Ajaleht_Uus_Ilm, lk 9
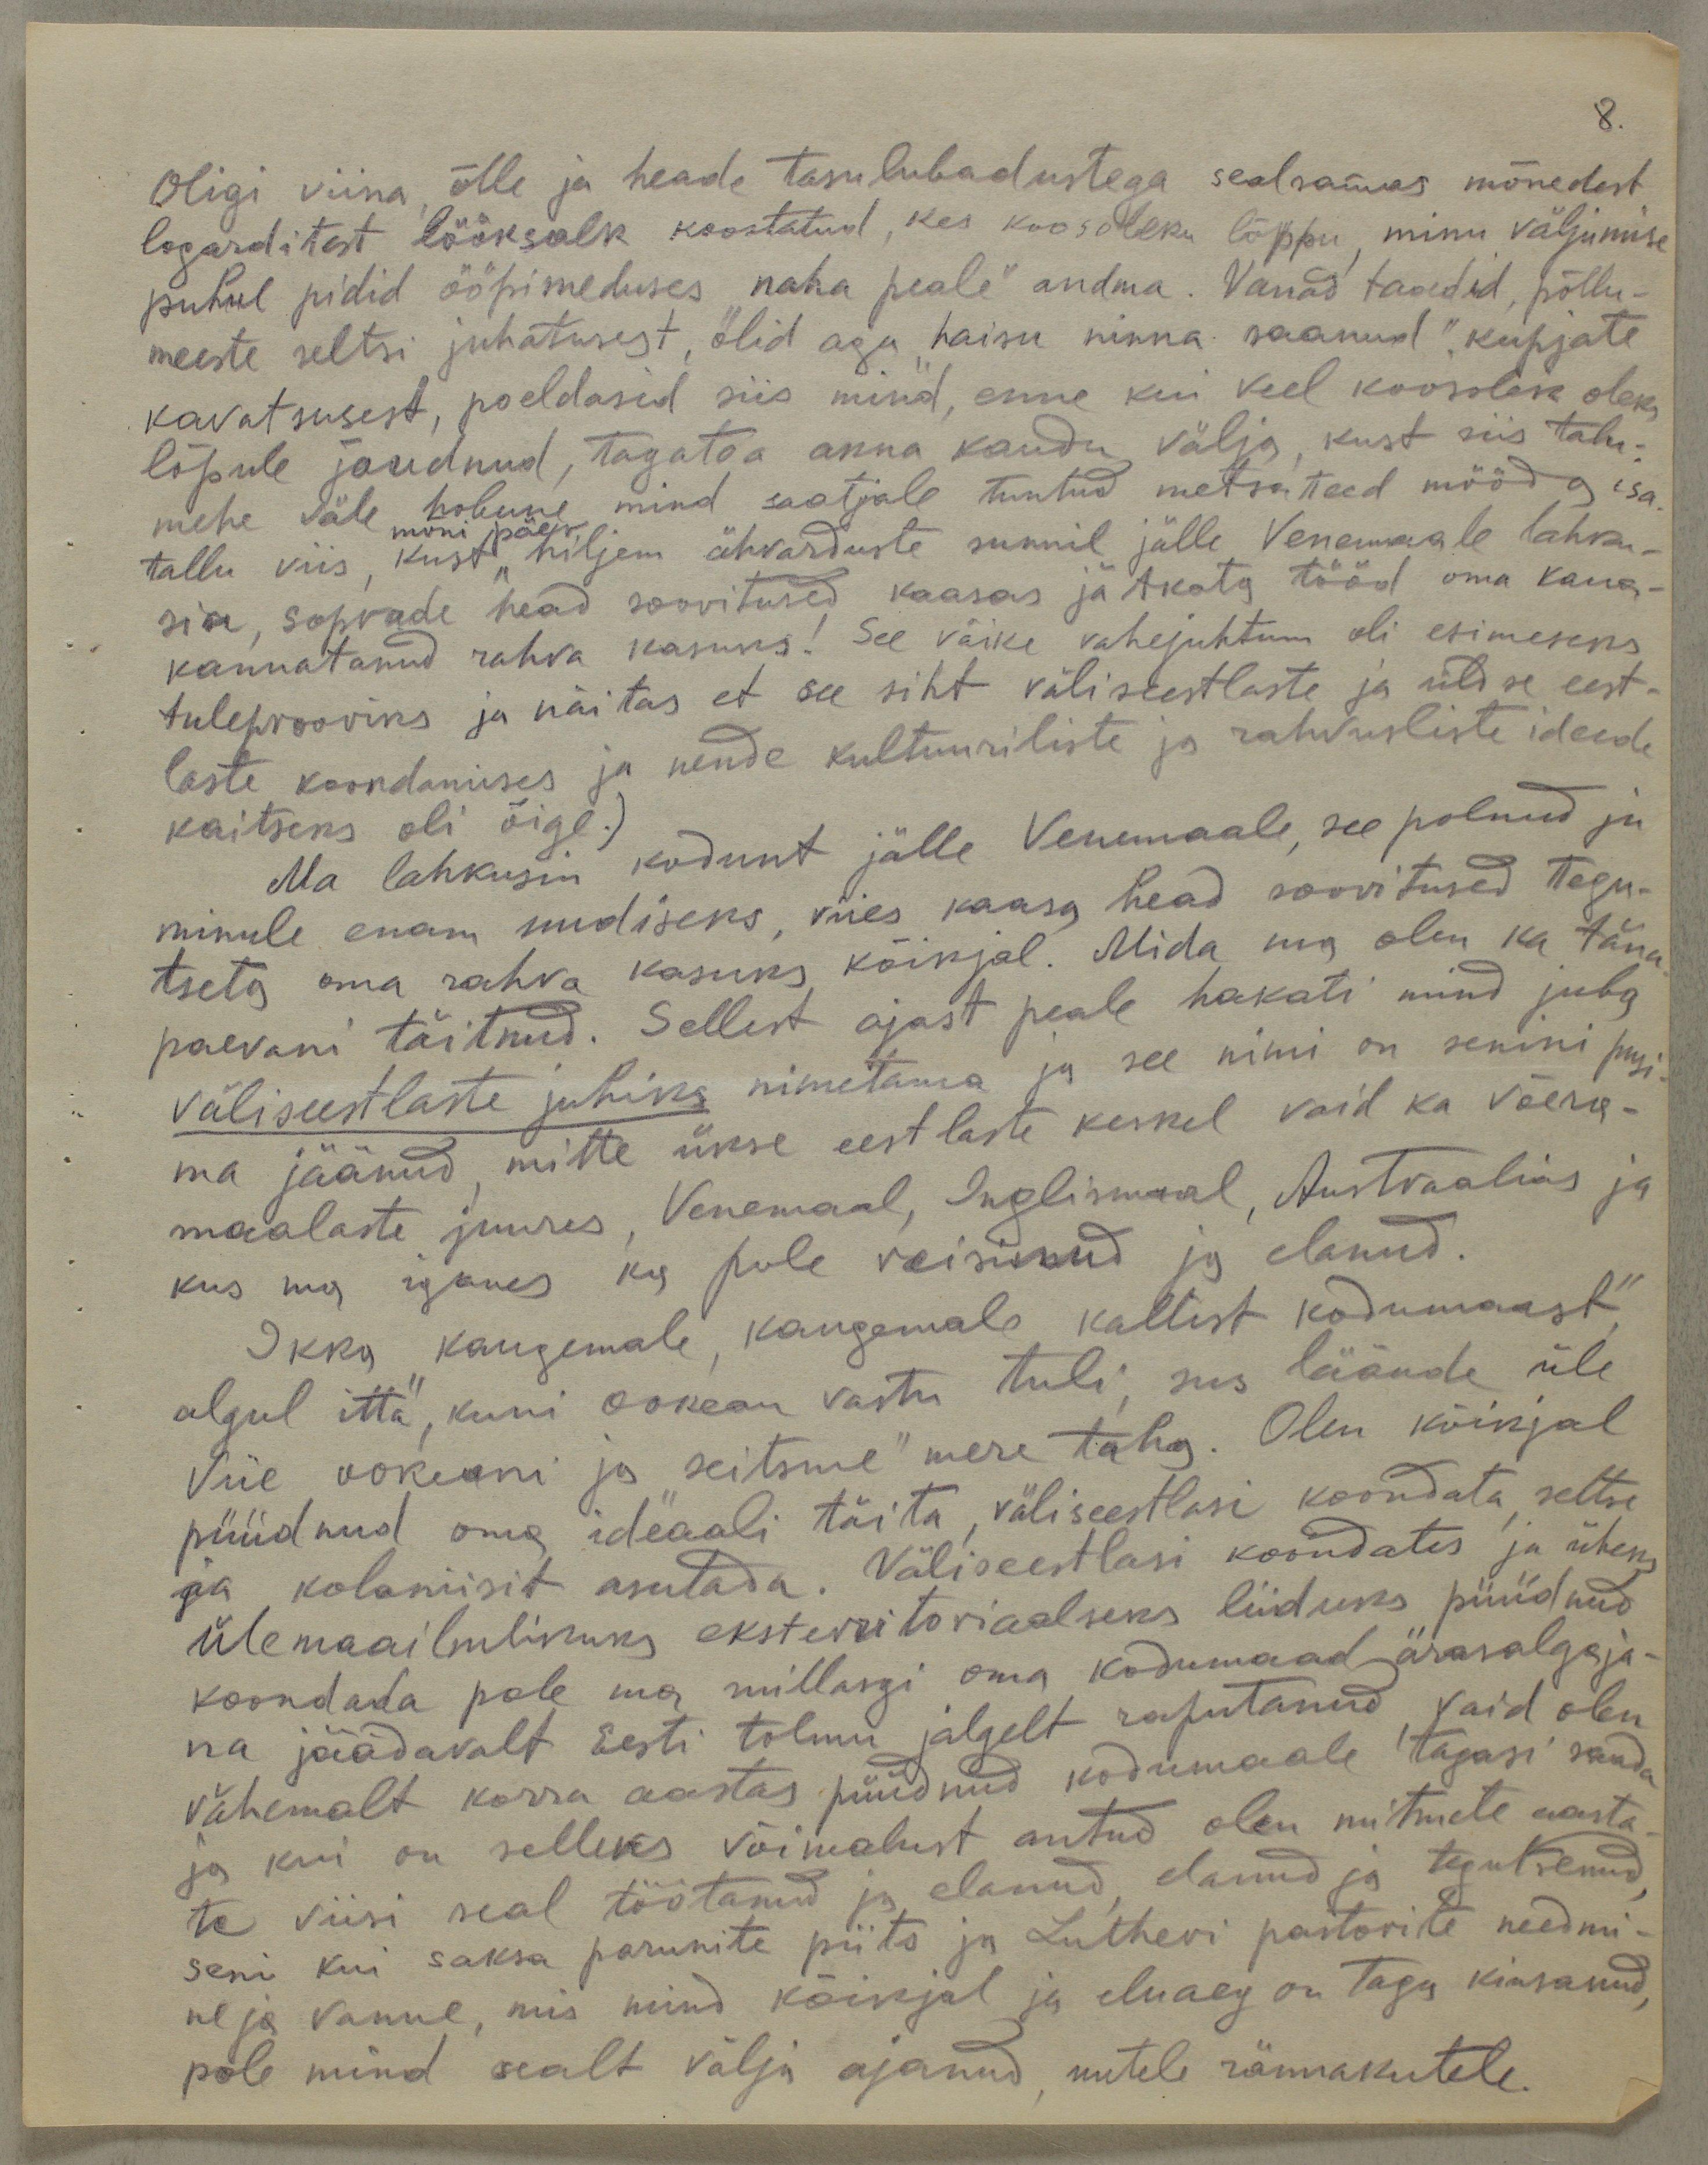
8.

Oligi viina, õlle ja heade tasulubadustega sealsamas mõnedest
logarditest lööksalk koostatud, kes koosoleku lõppu, minu väljumise
puhul pidid ööpimeduses "naha peale" andma. Vanad taadid, põllu-
meeste seltsi juhatusest, olid aga "haisu ninna saanud". Kupjate
kavatsusest, poeldasid siis mind, enne kui veel koosolek oleks
lõpule jõudnud, tagatoa akna kaudu välja, kust siis talu-
mehe väle hobune mind saatjale tuntud metsateed mööda, isa
tallu viis, kust hiljem ähvarduste sunnil jälle Venemaale lahku-
mõni päev
sin, soprade head soovitused kaasas jätkata tööd oma kaua-
kannatanud rahva kasuks! See väike vahejuhtum oli esimeseks
tuleprooviks ja näitas et see siht väliseestlaste ja üldse eest-
laste koondamises ja nende kultuuriliste ja rahvusliste ideede
kaitseks oli õige.)
Ma lahkusin kodunt jälle Venemaale, see polnud ju
minule enam uudiseks, viies kaasa head soovitused tegu-
tseta oma rahva kasuks kõikjal. Mida ma olen ka täna
paevani täitnud. Sellest ajast peale hakati mind juba
väliseestlaste juhiks nimetama ja see nimi on senini pusi
ma jäänud mitte ükse eestlaste keskel vaid ka võera-
maalaste juures, Venemaal, Inglismaal, Austraalias ja
kus ma iganes ka pole reisinud ja elanud.
Ikka kaugemale, kaugemale kallist kodumaast
algul itta, kuni ookean vastu tuli, siis läände üle
Viie ookeani ja "seitsme" mere taha. Olen kõikjal
püüdnud oma ideaali täita, väliseestlasi koondata, seltse
ja koloniisit asutada. Väliseestlasi koondates ja üheks
ülemaailmlikuks eksterritoriaalseks liiduks püüdnud
koondada pole ma millasgi oma kodumaad ärasalgaja-
na jäädavalt Eesti tolmu jalgelt raputanud vaid olen
vähemalt korra aastas püüdnud kodumaale tagasi saada
ja kui on selleks võimalust antud olen mitmete aasta
te viisi seal töötanud ja elanud, elanud ja tegutsenud
seni kui saksa parunite piits ja Lutheri pastorite needmi-
ne ja vanne, mis mind kõikjal ja eluaeg on tagu kiusanud,
pole mind sealt välja ajanud, uutele rännakutele.